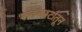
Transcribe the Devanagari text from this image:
भावच्छटांतून